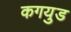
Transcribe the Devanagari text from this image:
कगयुड